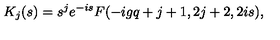
K _ { j } ( s ) = s ^ { j } e ^ { - i s } F ( - i g q + j + 1 , 2 j + 2 , 2 i s ) ,